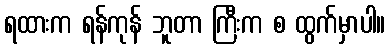
ရထားက ရန်ကုန် ဘူတာ ကြီးက စ ထွက်မှာပါ။